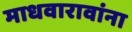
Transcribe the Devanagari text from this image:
माधवारावांना